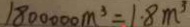
1 8 0 0 0 0 0 m ^ { 3 } = 1 . 8 m ^ { 3 }